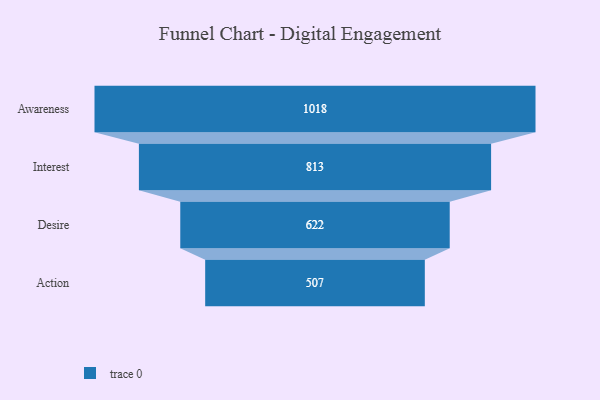
{"axis": {"x": "Stage", "y": "Value"}, "legend": [""], "data": [{"x": "Awareness", "y": 1018.0, "type": ""}, {"x": "Interest", "y": 813.0, "type": ""}, {"x": "Desire", "y": 622.0, "type": ""}, {"x": "Action", "y": 507.0, "type": ""}]}